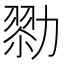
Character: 𠢜